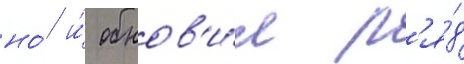
но́ и́ обнов'и́л р'я́д